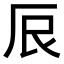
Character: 𫝕